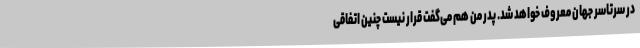
در سرتاسر جهان معروف خواهد شد. پدر من هم می‌گفت قرار نیست چنین اتفاقی